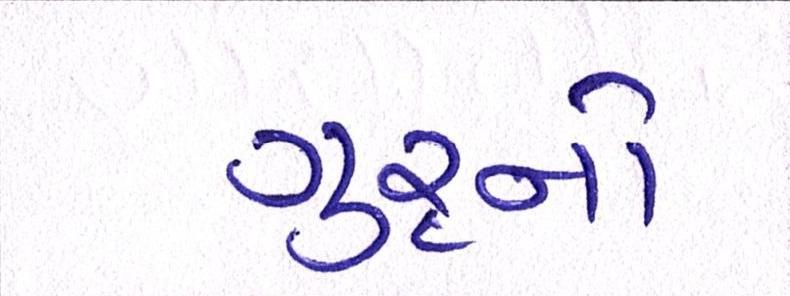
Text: ગુરૃનો